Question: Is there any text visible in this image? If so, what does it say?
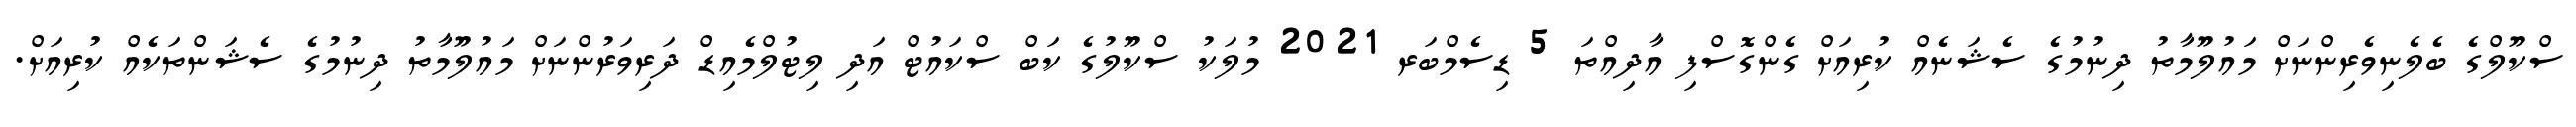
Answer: ސްކޫލްގެ ބެލެނިވެރިންނަށް މައުލޫމާތު ދިނުމުގެ ސެޝަނެއް ކުރިއަށް ގެންގޮސްފި އާދިއްތަ 5 ޑިސެމްބަރ 2021 މުލަކު ސްކޫލުގެ ކަބް ސްކައުޓް އަދި ލިޓުލްމެއިޑް ދަރިވަރުންނަށް މައުލޫމާތު ދިނުމުގެ ސެޝަންތަކެއް ކުރިއަށް.